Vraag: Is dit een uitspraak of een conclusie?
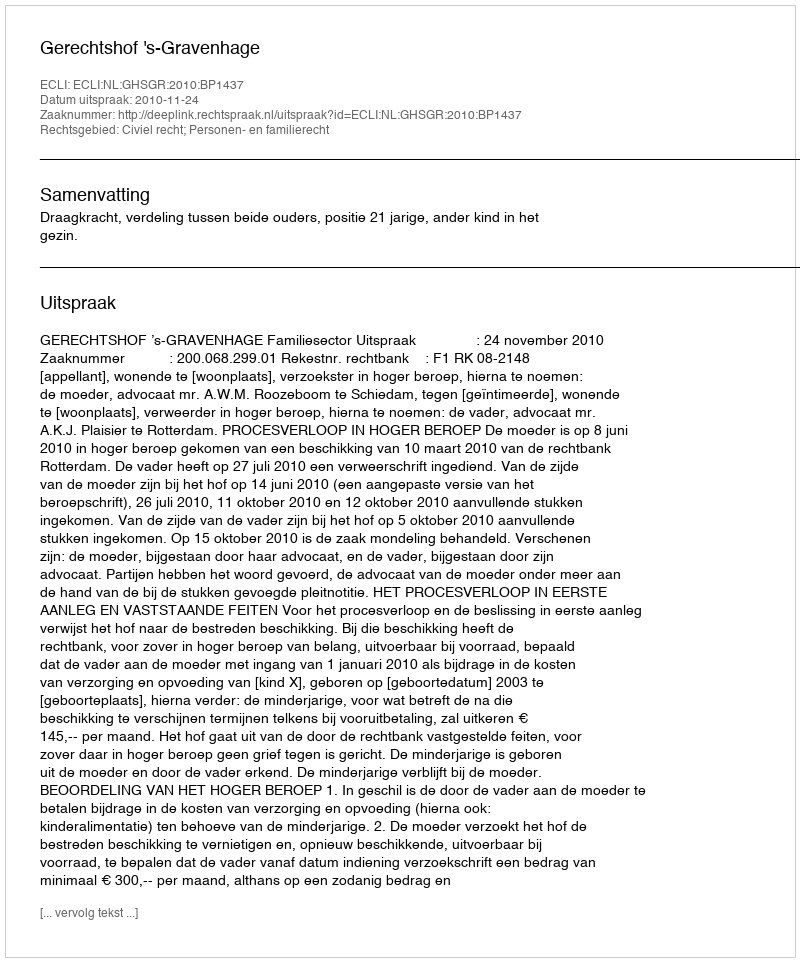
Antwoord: Uitspraak